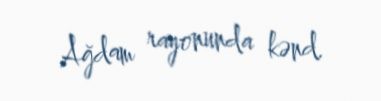
Ağdam rayonunda kənd.